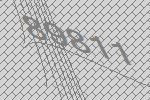
89811